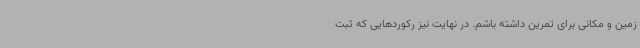
زمین و مکانی برای تمرین داشته باشم. در نهایت نیز رکوردهایی که ثبت